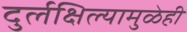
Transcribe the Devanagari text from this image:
दुर्लक्षिल्यामुळेही